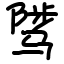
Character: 骘